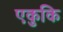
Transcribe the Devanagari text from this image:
एकुकि